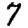
Digit: 7